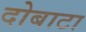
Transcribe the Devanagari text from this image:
दोबाटा